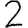
Digit: 2